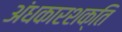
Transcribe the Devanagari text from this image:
अंधकारशक्ति